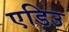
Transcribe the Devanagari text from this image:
एडिउ